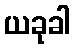
ယခုခါ